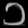
Digit: ၁